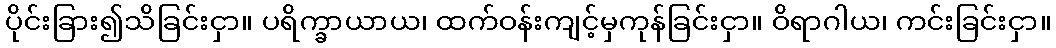
ပိုင်းခြား၍သိခြင်းငှာ။ ပရိက္ခာယာယ၊ ထက်ဝန်းကျင့်မှကုန်ခြင်းငှာ။ ဝိရာဂါယ၊ ကင်းခြင်းငှာ။